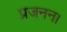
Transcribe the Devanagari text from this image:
प्रजनन।